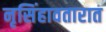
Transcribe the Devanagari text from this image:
नृसिंहावतारात